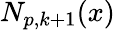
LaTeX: N_{p,k+1}(x)